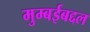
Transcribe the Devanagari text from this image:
मुम्बईबद्दल